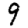
Digit: 9